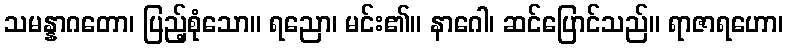
သမန္နာဂတော၊ ပြည့်စုံသော။ ရညော၊ မင်း၏။ နာဂေါ၊ ဆင်ပြောင်သည်။ ရာဇာရဟော၊